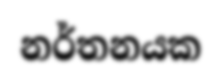
නර්තනයක